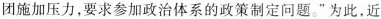
团施加压力，要求参加政治体系的政策制定问题。”为此，近